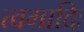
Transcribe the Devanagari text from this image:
त्वमादिः